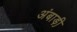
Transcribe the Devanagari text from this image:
अंबाड़ी़